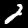
Digit: 2